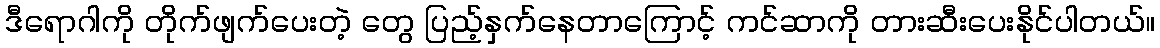
ဒီရောဂါကို တိုက်ဖျက်ပေးတဲ့ တွေ ပြည့်နှက်နေတာကြောင့် ကင်ဆာကို တားဆီးပေးနိုင်ပါတယ်။